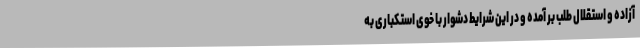
آزاده و استقلال طلب بر آمده و در این شرایط دشوار با خوی استکباری به